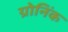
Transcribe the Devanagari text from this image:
ग्रोनिंक